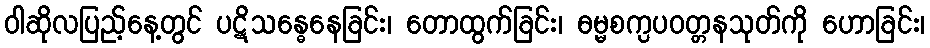
ဝါဆိုလပြည့်နေ့တွင် ပဋိသန္ဓေနေခြင်း၊ တောထွက်ခြင်း၊ ဓမ္မစက္ပပဝတ္တနသုတ်ကို ဟောခြင်း၊